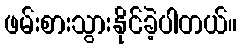
ဖမ်းစားသွားနိုင်ခဲ့ပါတယ်။